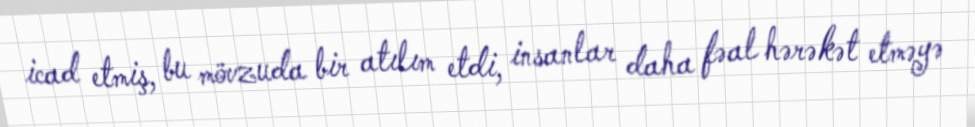
icad etmiş, bu mövzuda bir atılım etdi, insanlar daha fəal hərəkət etməyə